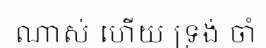
ណាស់ ហើយ ទ្រង់ ចាំ